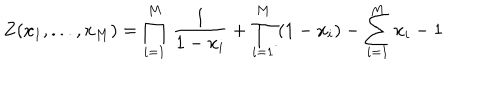
LaTeX: Z ( x _ { 1 } , . . . , x _ { M } ) = \prod _ { i = 1 } ^ { M } \, \frac { 1 } { 1 - x _ { i } } + \prod _ { i = 1 } ^ { M } \, ( 1 - x _ { i } ) - \sum _ { i = 1 } ^ { M } x _ { i } - 1